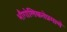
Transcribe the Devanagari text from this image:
भौगोलिकतेप्रमाणे